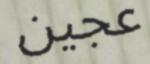
عجين